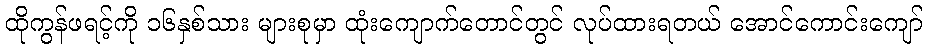
ထိုကွန်ဖရင့်ကို ၁၆နှစ်သား များစုမှာ ထုံးကျောက်တောင်တွင် လုပ်ထားရတယ် အောင်ကောင်းကျော်